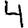
Digit: 4